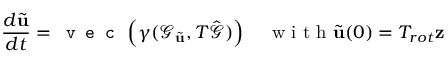
\frac { d \tilde { \mathbf { u } } } { d t } = \texttt { v e c } \left( \gamma ( \mathcal { G } _ { \tilde { \mathbf { u } } } , T \hat { \mathcal { G } } ) \right) \quad \mathrm { ~ w ~ i ~ t ~ h ~ } \tilde { \mathbf { u } } ( 0 ) = T _ { r o t } \mathbf { z }